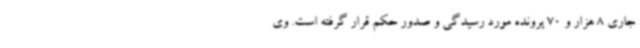
جاری 8 هزار و 70 پرونده مورد رسیدگی و صدور حکم قرار گرفته است. وی